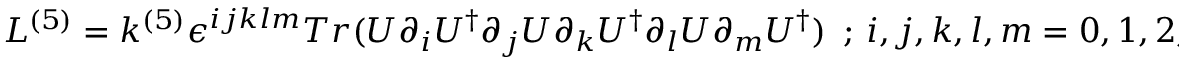
{ \cal L } ^ { ( 5 ) } = k ^ { ( 5 ) } \epsilon ^ { i j k l m } T r ( U \partial _ { i } U ^ { \dag } \partial _ { j } U \partial _ { k } U ^ { \dag } \partial _ { l } U \partial _ { m } U ^ { \dag } ) \, \, \, ; \, i , j , k , l , m = 0 , 1 , 2 , 3 , 5 .